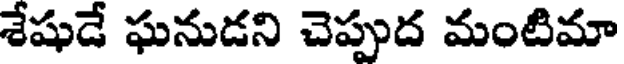
శేషుడే ఘనుడని చెప్పుద మంటిమా